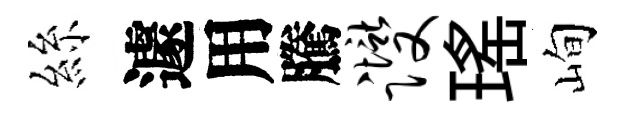
絲遽用騰躞瑤峋